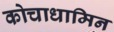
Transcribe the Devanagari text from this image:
कोचाधामिन